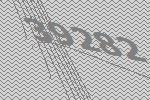
39282